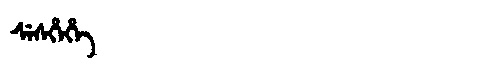
Manchu: ᠰᡝᠰᡥᡝᡥᡝ
Romanization: SESHEHE